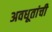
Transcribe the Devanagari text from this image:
अवधूतांची